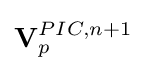
\mathbf {V} _{p}^{PIC,n+1}